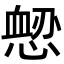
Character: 𢞤